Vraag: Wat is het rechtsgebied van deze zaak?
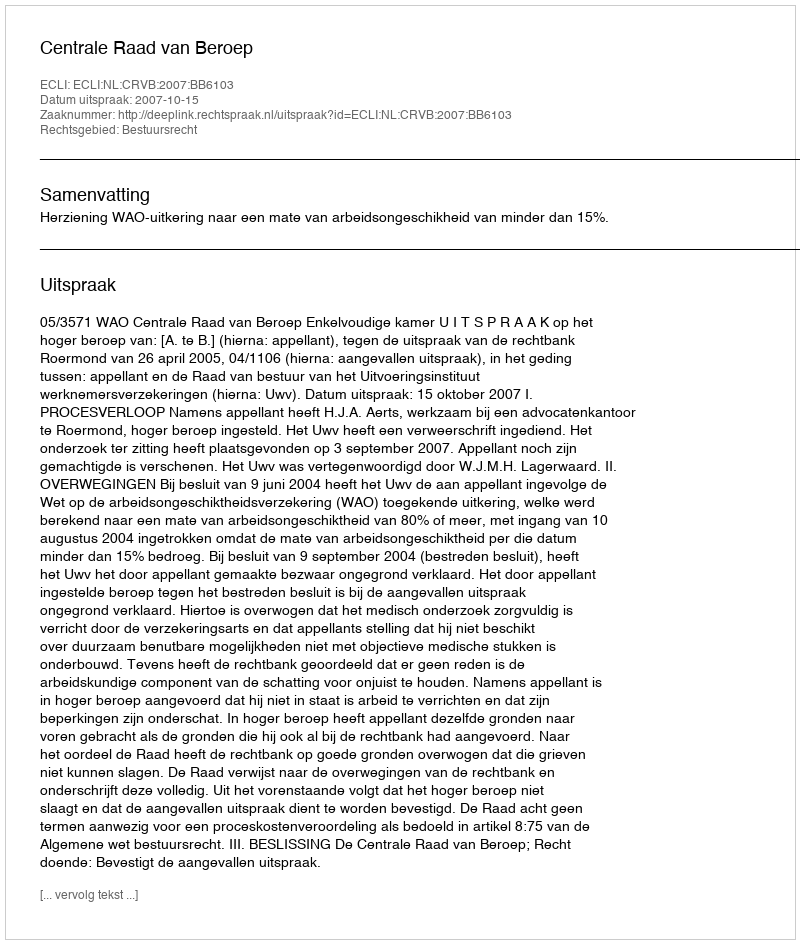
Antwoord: Bestuursrecht